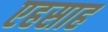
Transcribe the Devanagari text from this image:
एहसाह